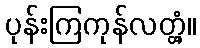
ပုန်းကြကုန်လတ္တံ့။